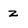
Character: z